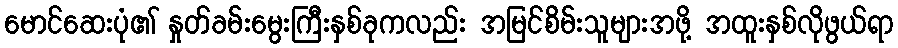
မောင်ဆေးပုံ၏ နှုတ်ခမ်းမွေးကြီးနှစ်ခုကလည်း အမြင်စိမ်းသူများအဖို့ အထူးနှစ်လိုဖွယ်ရာ